Martna_vallavalitsus, lk 14
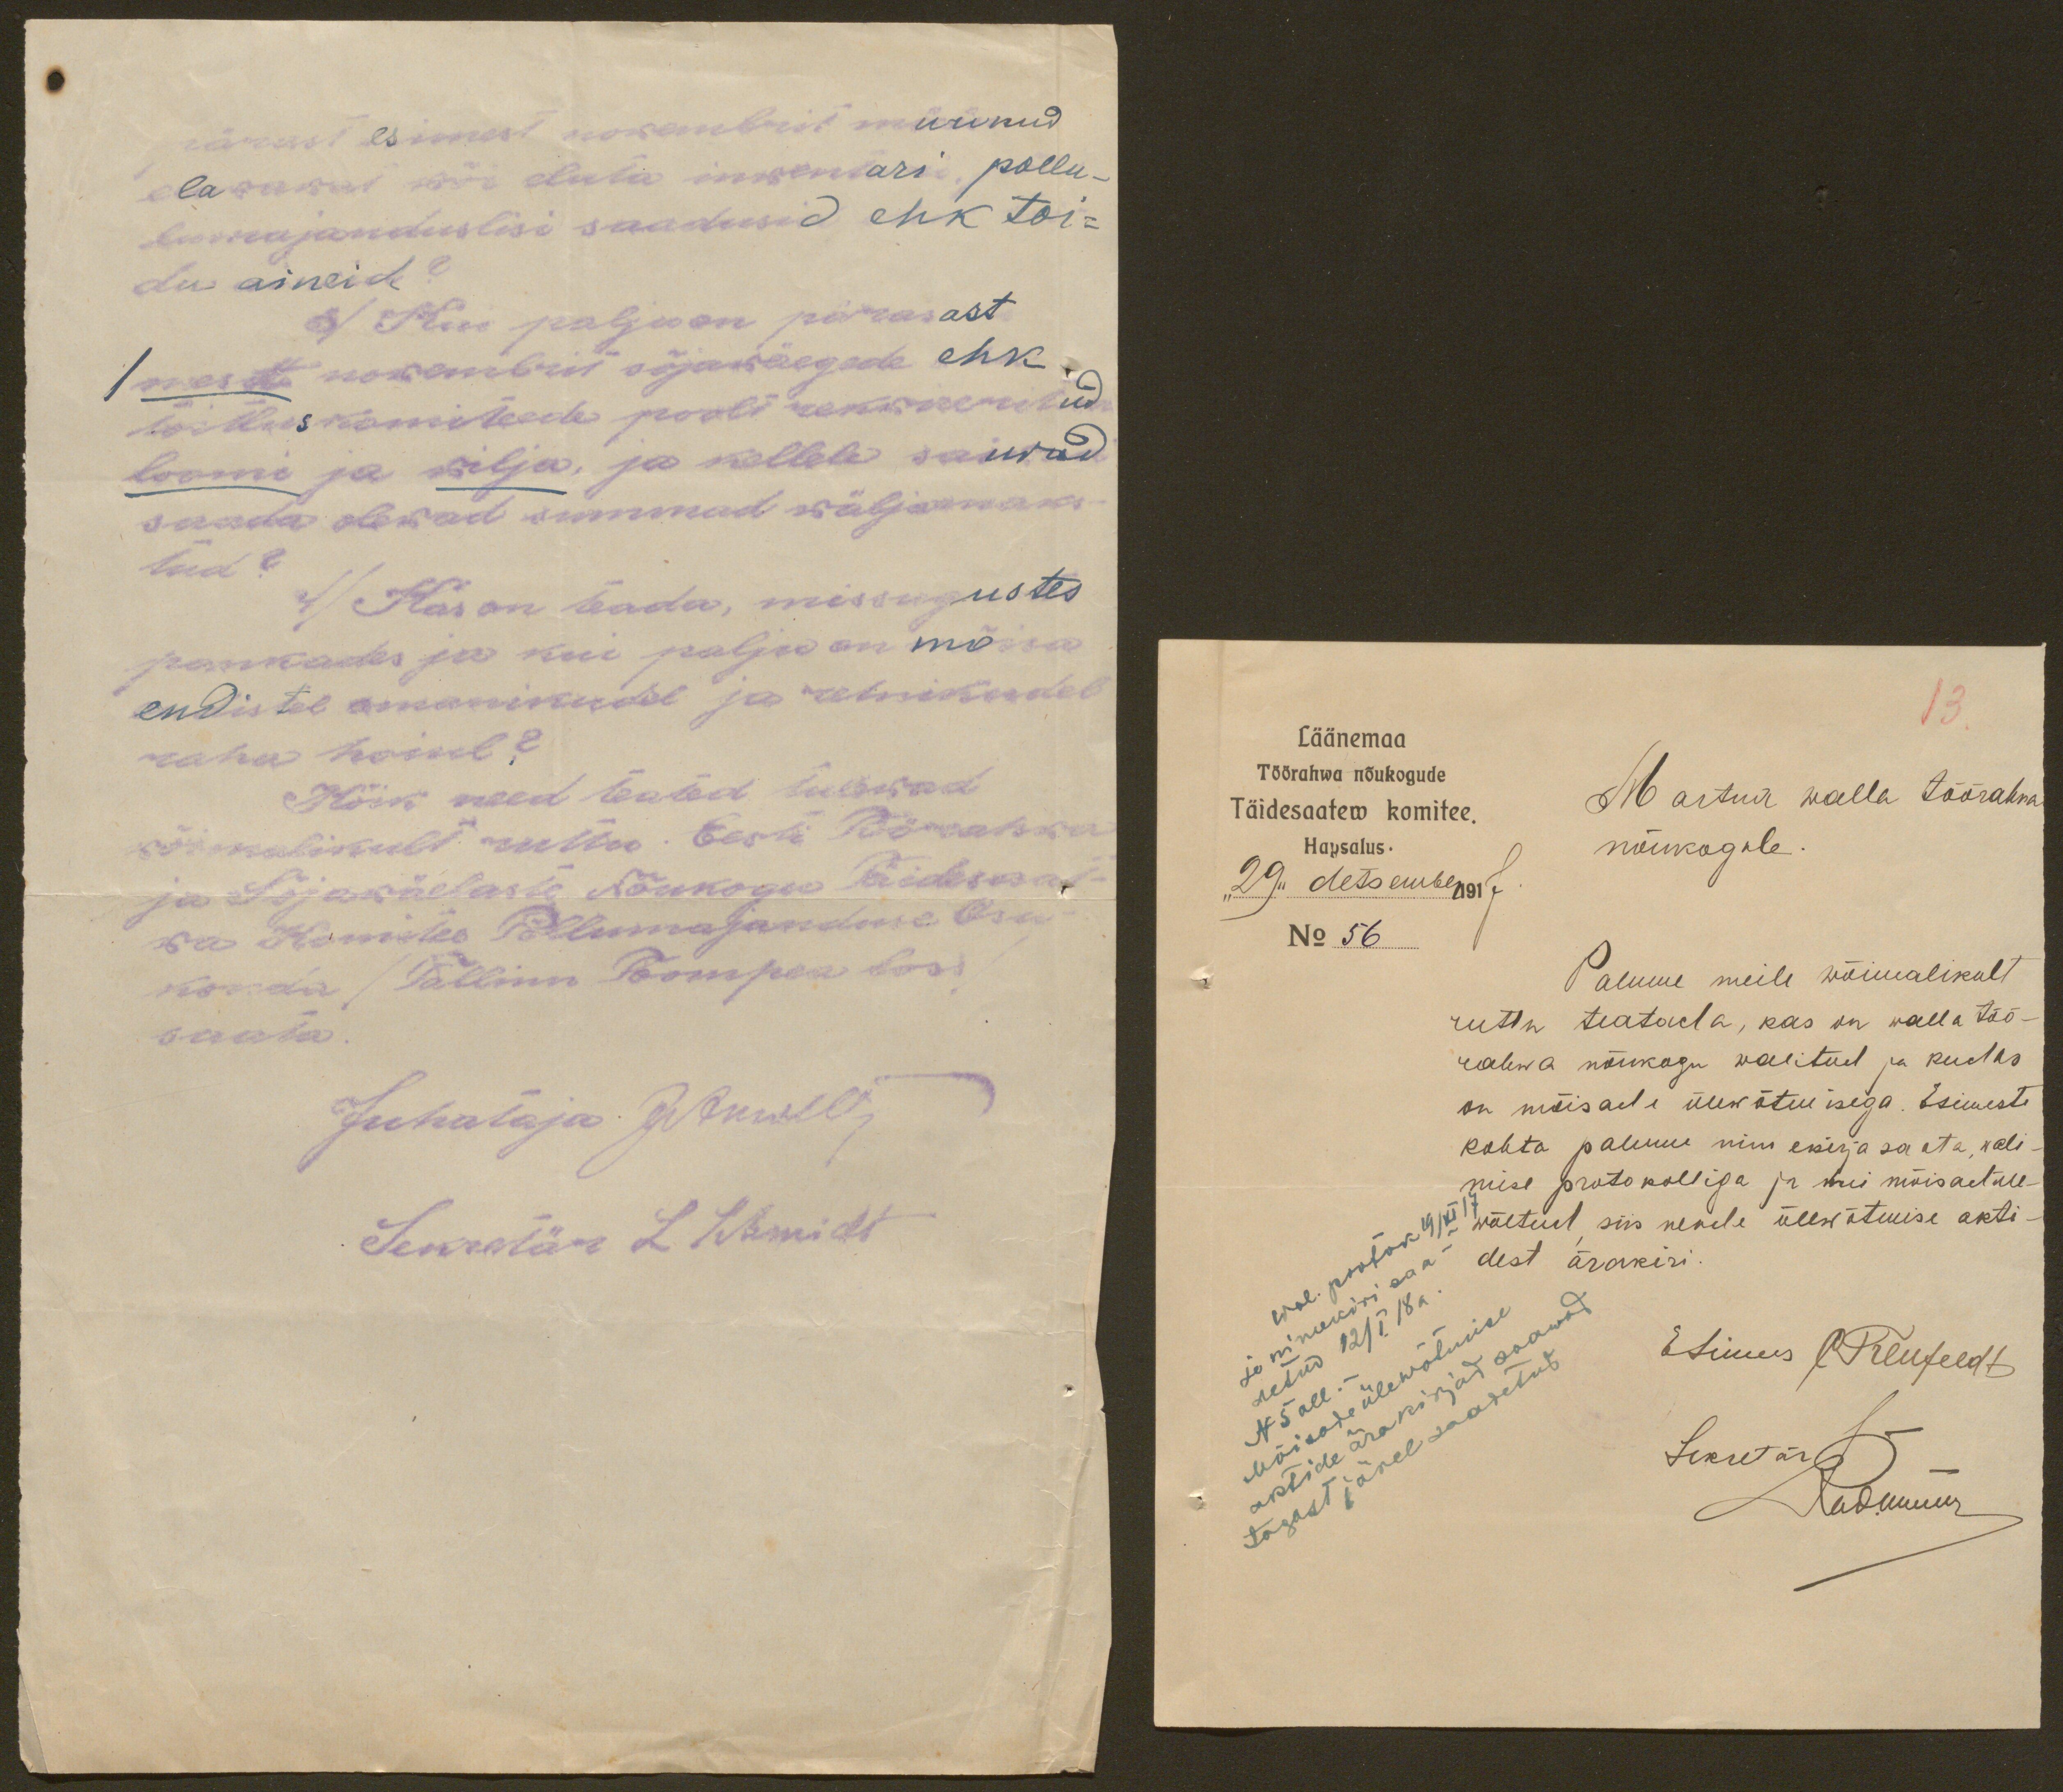
pänast esimest nowembrist müünud
elawast wõi eluta inventari, pollu
lumajanduslisi saadusid ehk toi-
du aineid?
3/ Kui palju on pärasast
1meset nowembrist sõjawäegade ehk
toitluskomiteede poolt rekwireeritud
loomi ja wilja, ja kellele saiwad
saada olewad summad wäljamaks-
tud?
4/ Kas on teada, missugustes
pankades ja kui palju on mõisa
endistel omanikudel ja retnikudel
raha hoiul?
Kõik need teated tulewad
wõimalikult ruttu Eesti Töörahwa
ja Sõjawäelaste Nõukogu Täidesaat
wa Komitee Põllumajanduse Osa
konda /Tallinn Toompea loss/
saata.
Juhataja J. Anwelt
Sekretär L. Schmidt

13
Läänemaa
Töörahwa nõukogude
Täidesaatew komitee.
Martna walla töörahwa
Hapsalus.
nõukogule.
"29" detsember1917
No 56
Palume meile wõimalikult
ruttu teatada, kas on walla töö-
rahwa nõukogu walitud ja kudas
on mõisade ülewõtmisega. Esimeste
kohta palume nim ekirja saata, wali-
mise protokolliga ja kui mõisadüle-
wõetud, siis nende ülewõtmise akti-
dest ärakiri.
Wal. protok 19/XI 17
ja nimekiri saa-
Esimees CTreufeldt
detud 12/I 18 a.
Mõisade ülewõtmise
aktide ärakirjad saawad
N 5 all.-
tagast järel saadetud
Sekretär Rodunur